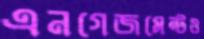
এনগেজমেন্টও